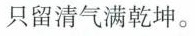
只留清气满乾坤。